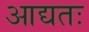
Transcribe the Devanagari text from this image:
आद्यतः